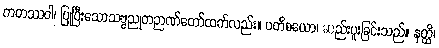
ကတဿဝါ၊ ပြုပြီးသောသဗ္ဗညုတဉာဏ်တော်ထက်လည်း။ ပတိစယော၊ ဆည်းပူးခြင်းသည်။ နတ္ထိ၊